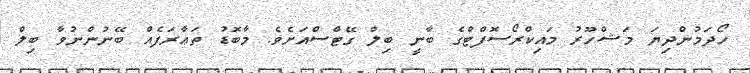
ހޯދަމުންދިޔަ މަޝްހޫރު މައިކްރޯސޮފްޓްގެ ބާނީ ބިލް ގޭޓްސްއަށެވެ. މާބޮޑު ތަޢާރަފެއް ބޭނުންނުވާ ބިލް